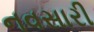
નવસારી